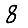
Digit: 8